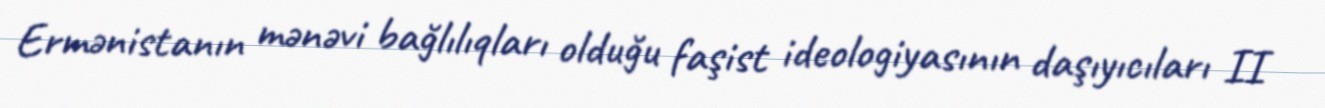
Ermənistanın mənəvi bağlılıqları olduğu faşist ideologiyasının daşıyıcıları II